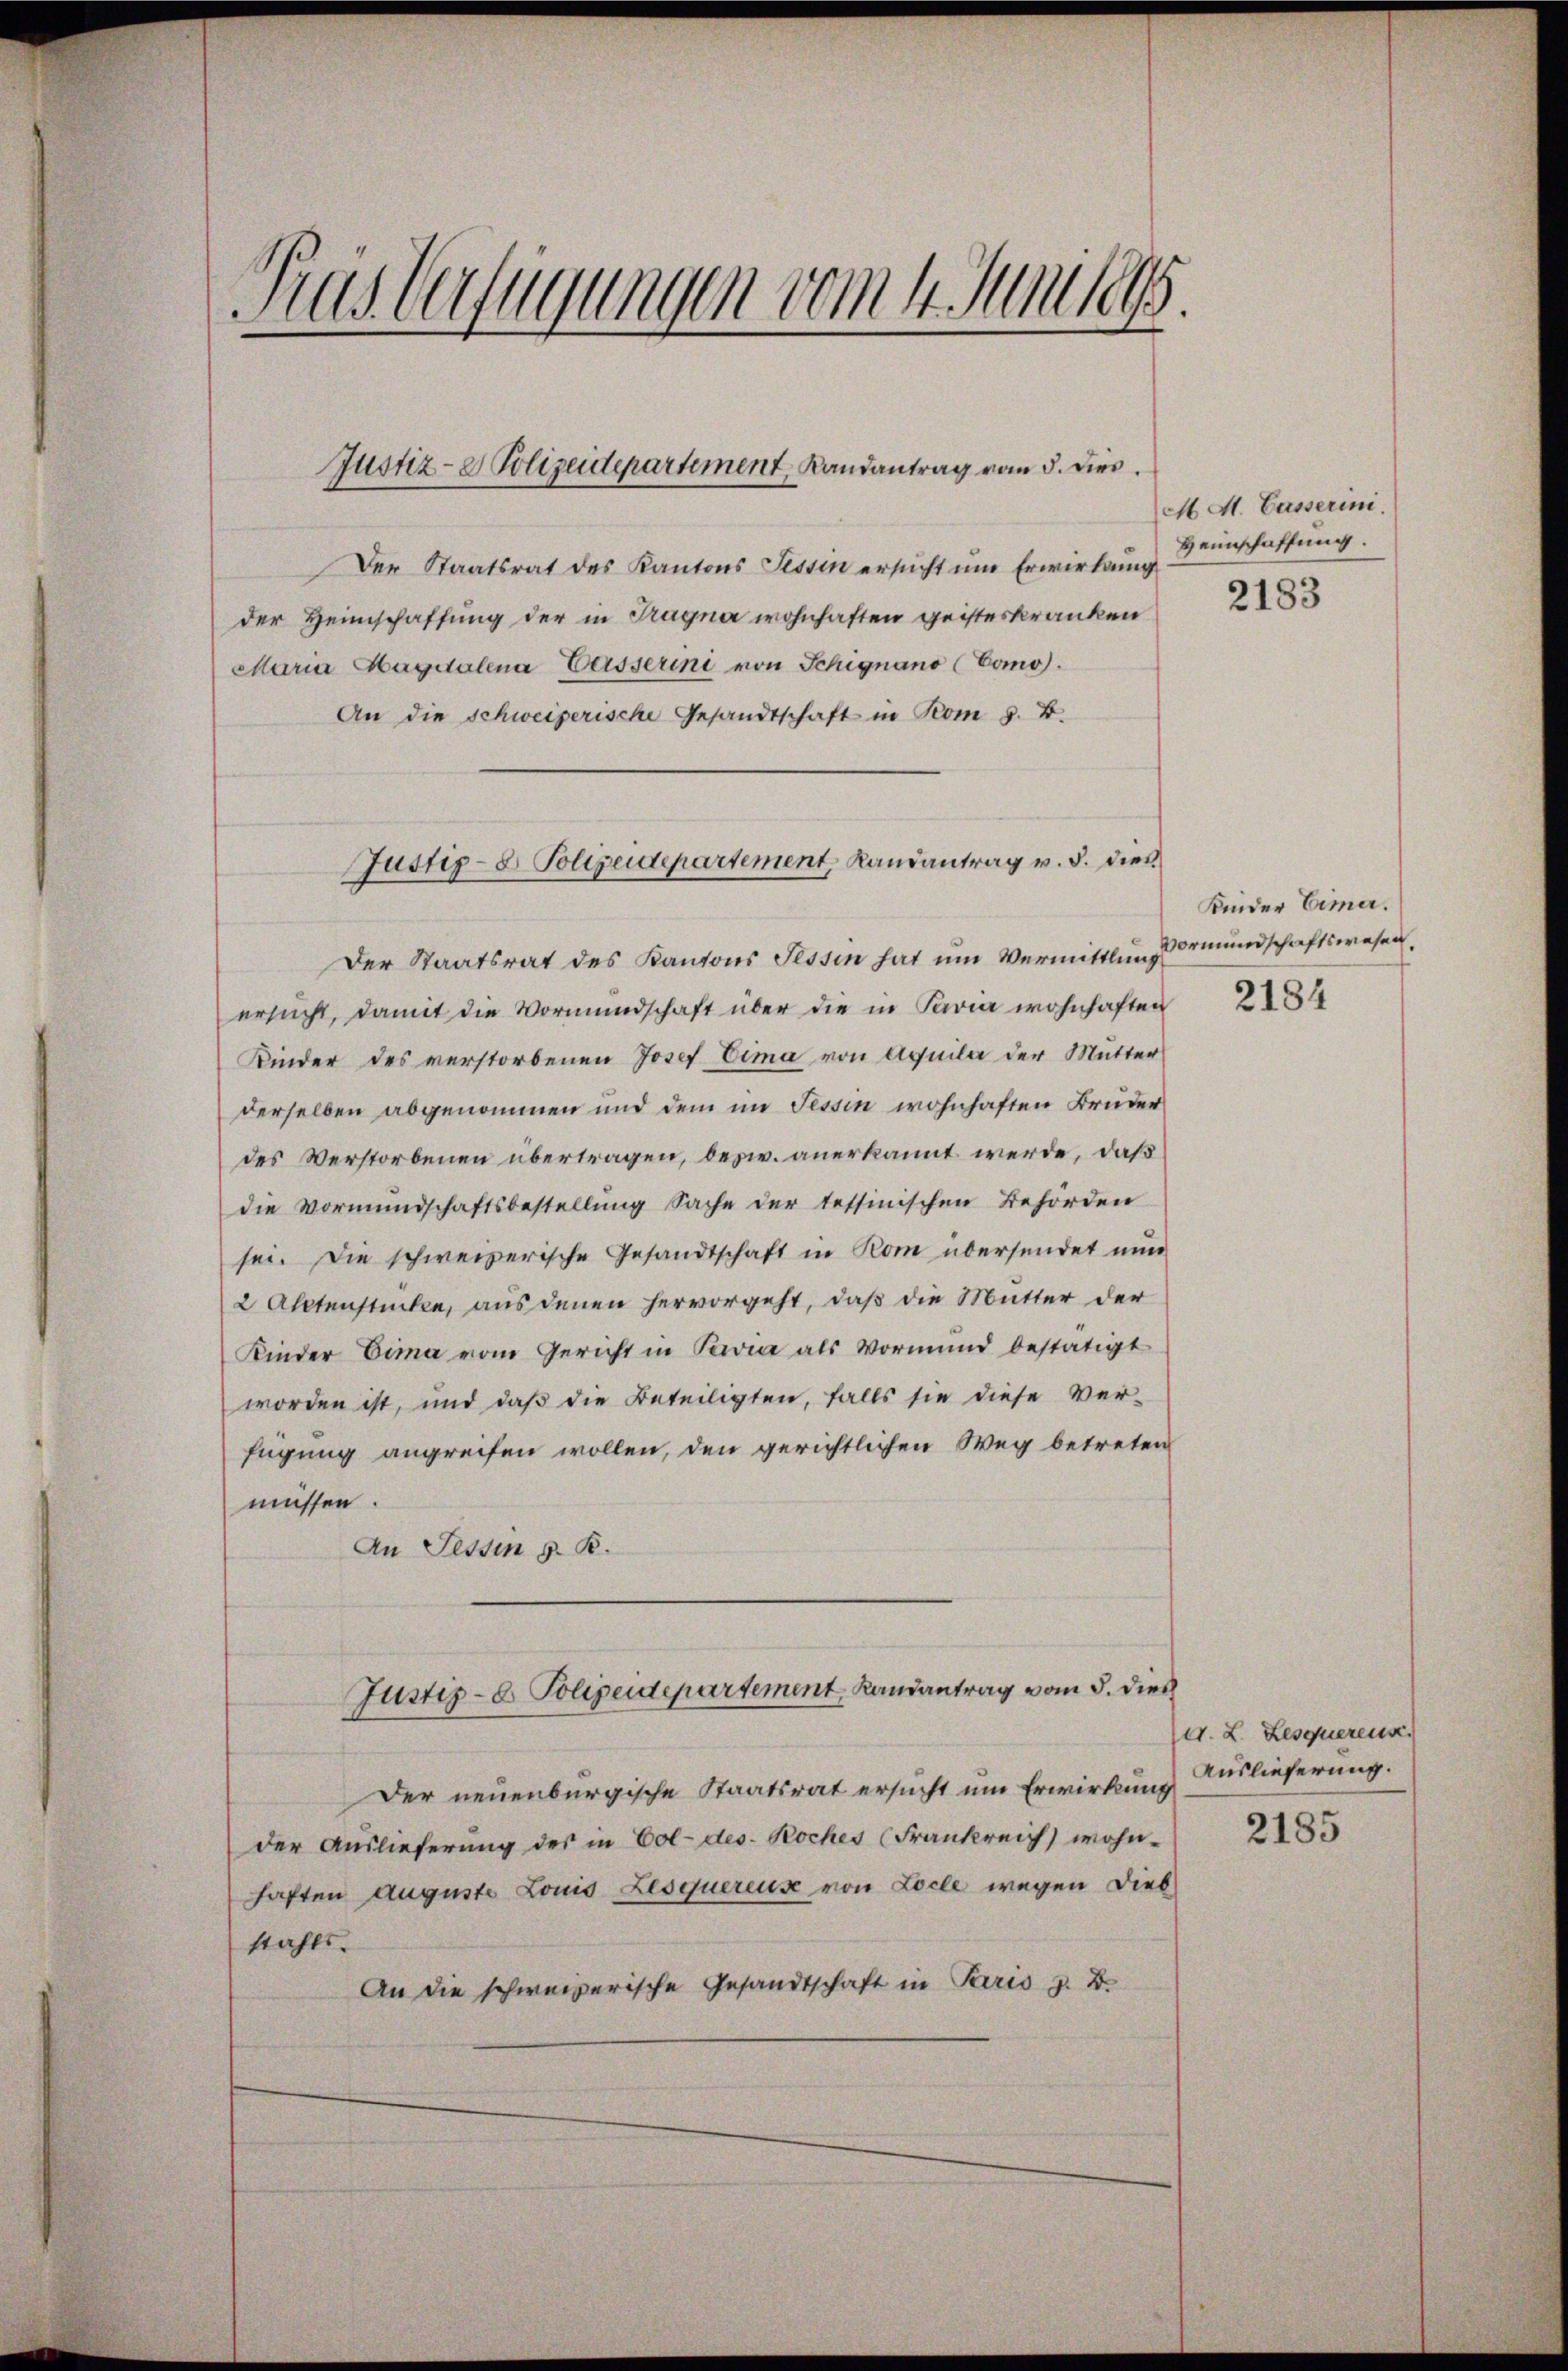
as Verfügungen vom 4. Junius.

Justiz- & Polizeidepartement, Randantrag vom 5. dies

Der Staatsrat des Kantons Tessin ersucht um Erwirkung
der Heimschaffung der in Tragna wohnhaften geisteskranken
Maria Hagdalena Weisserini von Schignano (Como).
An die Schweizerische Gesandtschaft in Rom 8. B.
Justiz- & Polizeidepartement, Randantrag v. 8. dies

Der Staatsrat des Kantons Tessin hat um Vermittlung
ersŭcht, damit die Vormundschaft über die in Paria wohnhaften
Kinder des verstorbenen Josef Eima von Aquila der Mutter
derselben abgenommen und dem im Tessin wohnhaften Brüder
des Verstorbenen übertragen, besw. anerkannt werde, daß
die Vormundschaftsbestellŭng Sache der tessinischen Behörden
sei. Die schweizerische Gesandtschaft in Rom übersendet nun
2 Aktenstücke, aus denen hervorgeht, daß die Mutter der
Kinder Eima vom Gericht in Paria als Vormund bestätigt
worden ist, und daß die Beteiligten, falls sie diese Ver-
fügung angreifen wollen, den gerichtlichen Weg betreten
müssen.
An Tessin z. B.
Justiz- & Polizeidepartement, Landantrag vom 5. dies
Der neuenburgische Staatsrat ersucht um Erwirkung
der Auslieferung des in Col- des Koches (Frankreich wohn-
haften Auguste Louis Lesquereuse von Locle wegen Diebstahls.
An die schweizerische Gesandtschaft in Paris z. B.

M. A. Casserini.
Heimschaffung.

2183

Kinder Eime.
Vormundschaftswesen,

2184

d. L. Lesquerens.
Auslieferung.

2185